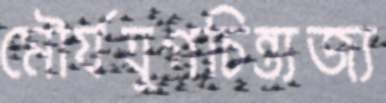
মৌর্যযুগচিন্ত্যজ্য